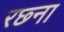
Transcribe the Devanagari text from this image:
रछ्ना